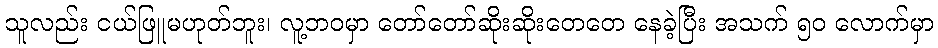
သူလည်း ငယ်ဖြူမဟုတ်ဘူး၊ လူ့ဘဝမှာ တော်တော်ဆိုးဆိုးတေတေ နေခဲ့ပြီး အသက် ၅၀ လောက်မှာ